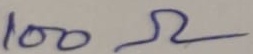
Text: 100Ω